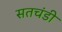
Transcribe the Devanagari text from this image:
सतचंडी